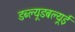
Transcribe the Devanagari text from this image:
डब्ल्यूडबल्यूई